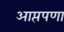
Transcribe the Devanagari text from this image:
आप्तपणा